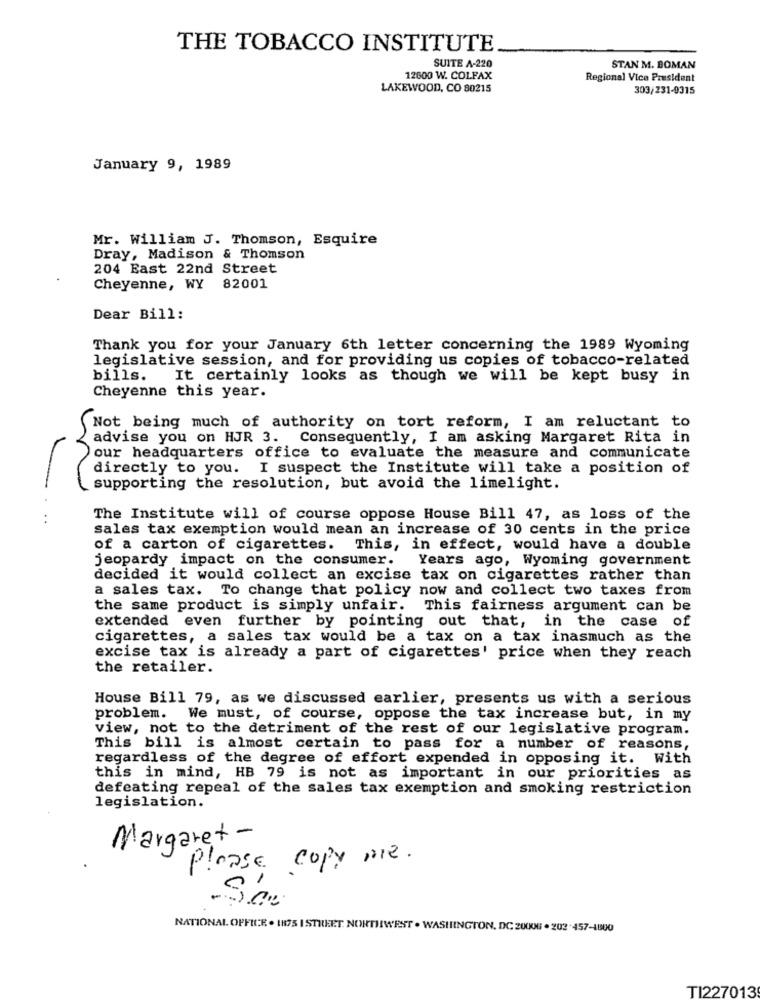
THE TOBACCO INSTITUTE
SUITE A-220
STAN M. BOMAN
12600 W. COLFAX
Regional Vice President
LAKEWOOD, CO 80215
303/231-9315
January 9, 1989
Mr. William J. Thomson, Esquire
Dray, Madison & Thomson
204 East 22nd Street
Cheyenne, WY 82001
Dear Bill:
Thank you for your January 6th letter concerning the 1989 Wyoming
legislative session, and for providing us copies of tobacco-related
bills.
It certainly looks as though we will be kept busy in
Cheyenne this year.
Not being much of authority on tort reform, I am reluctant to
advise you on HJR 3. Consequently, I am asking Margaret Rita in
our headquarters office to evaluate the measure and communicate
directly to you. I suspect the Institute will take a position of
supporting the resolution, but avoid the limelight.
The Institute will of course oppose House Bill 47, as loss of the
sales tax exemption would mean an increase of 30 cents in the price
of a carton of cigarettes. This, in effect, would have a double
jeopardy impact on the consumer.
Years ago, Wyoming government
decided it would collect an excise tax on cigarettes rather than
a sales tax. To change that policy now and collect two taxes from
the same product is simply unfair. This fairness argument can be
extended even further by pointing out that, in the case of
cigarettes, a sales tax would be a tax on a tax inasmuch as the
excise tax is already a part of cigarettes' price when they reach
the retailer.
House Bill 79, as we discussed earlier, presents us with a serious
problem. We must, of course, oppose the tax increase but, in my
view, not to the detriment of the rest of our legislative program.
This bill is almost certain to pass for a number of reasons,
regardless of the degree of effort expended in opposing it. With
this in mind, HB 79 is not as important in our priorities as
defeating repeal of the sales tax exemption and smoking restriction
legislation.
Margaret -
Please copy me.
-300
NATIONAL OFFICE . IH75 I STREET NORTHWEST . WASHINGTON, DC 20006 . 202-457-1800
TI227013